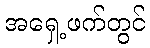
အရှေ့ဖက်တွင်